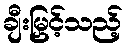
ချီးမြှင့်သည့်